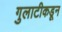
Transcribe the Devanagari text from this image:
गुलाटीकडून